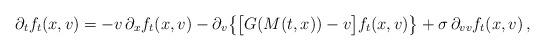
LaTeX: \begin{align*}\partial_t f_t(x,v)=- v\,\partial_x f_t(x,v) - \partial_v\big\{\big[G(M(t,x)) - v\big] f_t(x,v) \big\} + \sigma\,\partial_{vv}f_t(x,v)\,,\end{align*}